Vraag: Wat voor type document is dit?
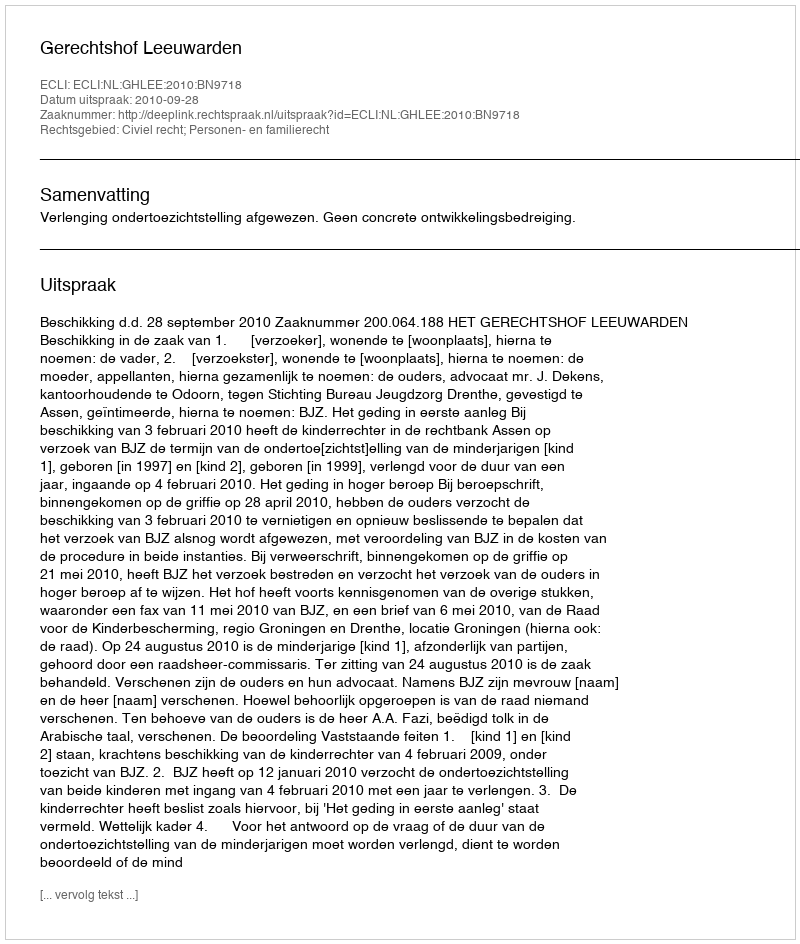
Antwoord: Uitspraak